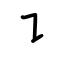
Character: ㇊